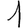
Digit: 1